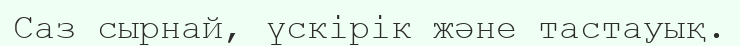
Саз сырнай, үскірік және тастауық.